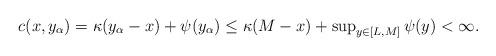
LaTeX: \begin{align*}c(x, y_\alpha) = \kappa(y_\alpha - x) + \psi(y_\alpha) \leq \kappa(M-x) + \textstyle{\sup_{y \in [L, M]}} \, \psi(y) < \infty. \end{align*}